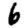
Digit: 6